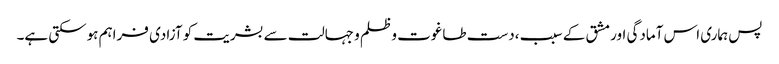
پس ہماری اس آمادگی اور مشق کے سبب ،دست طاغوت و ظلم و جہالت سے بشریت کو آزادی فراہم ہوسکتی ہے۔